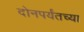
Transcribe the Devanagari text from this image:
दोनपर्यंतच्या